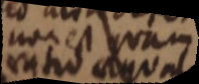
non est quam